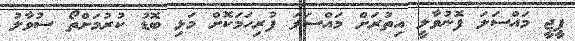
ޕީޖީ މައްސަލަ ފޮނުވާލީ އިތުރަށް މައްސަލަ ފުރިހަމަކޮށް މަޅި ބޮޑު ކުރުމަށްތޯ ސުވާލު